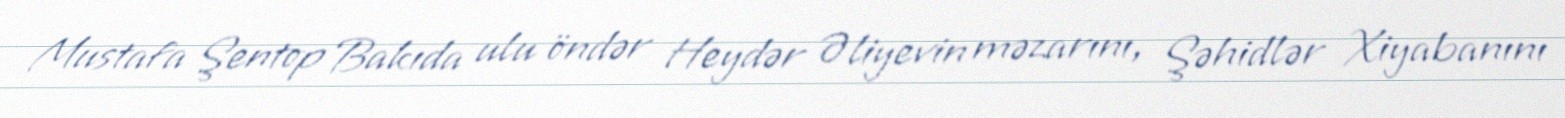
Mustafa Şentop Bakıda ulu öndər Heydər Əliyevin məzarını, Şəhidlər Xiyabanını